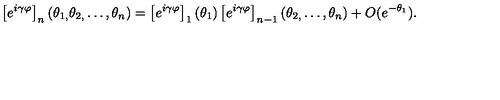
\left[ e ^ { i \gamma \varphi } \right] _ { n } ( \theta _ { 1 , } \theta _ { 2 , } \dots , \theta _ { n } ) = \left[ e ^ { i \gamma \varphi } \right] _ { 1 } ( \theta _ { 1 } ) \left[ e ^ { i \gamma \varphi } \right] _ { n - 1 } ( \theta _ { 2 , } \dots , \theta _ { n } ) + O ( e ^ { - \theta _ { 1 } } ) .